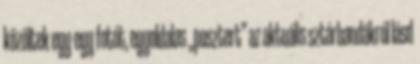
közöltek egy-egy fotót, egyoldalas „posztert” az aktuális sztárbandákról lásd